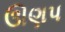
ઊણપ